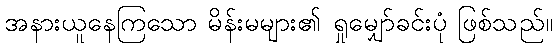
အနားယူနေကြသော မိန်းမများ၏ ရှုမျှော်ခင်းပုံ ဖြစ်သည်။